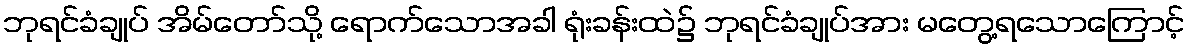
ဘုရင်ခံချုပ် အိမ်တော်သို့ ရောက်သောအခါ ရုံးခန်းထဲ၌ ဘုရင်ခံချုပ်အား မတွေ့ရသောကြောင့်